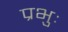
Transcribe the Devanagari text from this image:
प्रभुः